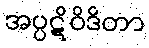
အပ္ပဋိဝိဒိတာ